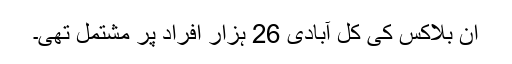
ان بلاکس کی کل آبادی 26 ہزار افراد پر مشتمل تھی۔